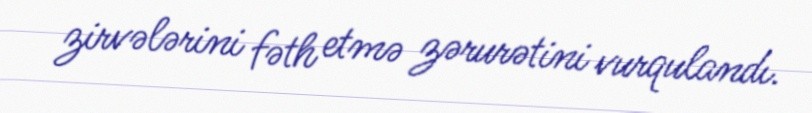
zirvələrini fəth etmə zərurətini vurqulandı.